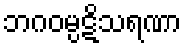
ဘဂဝမ္ပဋိသရဏာ